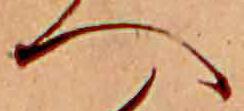
へ